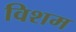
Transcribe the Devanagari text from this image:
विशम